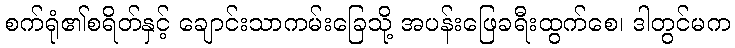
စက်ရုံ၏စရိတ်နှင့် ချောင်းသာကမ်းခြေသို့ အပန်းဖြေခရီးထွက်စေ၊ ဒါတွင်မက